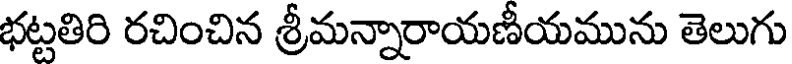
భట్టతిరి రచించిన శ్రీమన్నారాయణీయమును తెలుగు